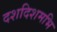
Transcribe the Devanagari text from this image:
दशदिशमभि